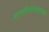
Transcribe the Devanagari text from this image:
आत्मनिरीक्षणात्मक